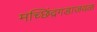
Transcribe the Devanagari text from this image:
मच्छिंद्रगडाजवळ